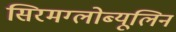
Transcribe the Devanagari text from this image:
सिरमग्लोब्यूलिन